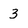
Character: 3